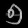
Digit: ၅